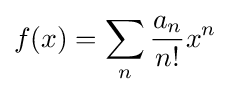
f(x)=\sum _{n}{\frac {a_{n}}{n!}}x^{n}